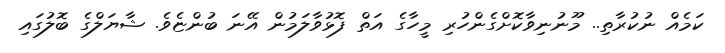
ކަމެއް ނުކުރާތި.. މޫނުނިވާކޮށްގެންހުރި މީހާގެ އަތް ފޮޅުވާލަމުން އޭނަ ބުންޏެވެ. ޝާޔަލްގެ ބޮލުގައި